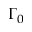
\Gamma _ { 0 }